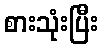
စားသုံးပြီး